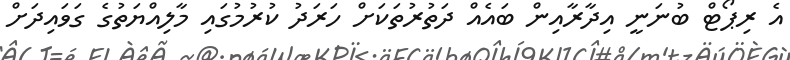
އެ ރިޕޯޓް ބުނަނީ އިދާރާއިން ބައެއް ދަތުރުތަކަށް ހަރަދު ކުރުމުގައި މާލިއްޔަތުގެ ގަވައިދަށް